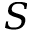
S